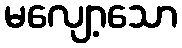
မလျော့သော